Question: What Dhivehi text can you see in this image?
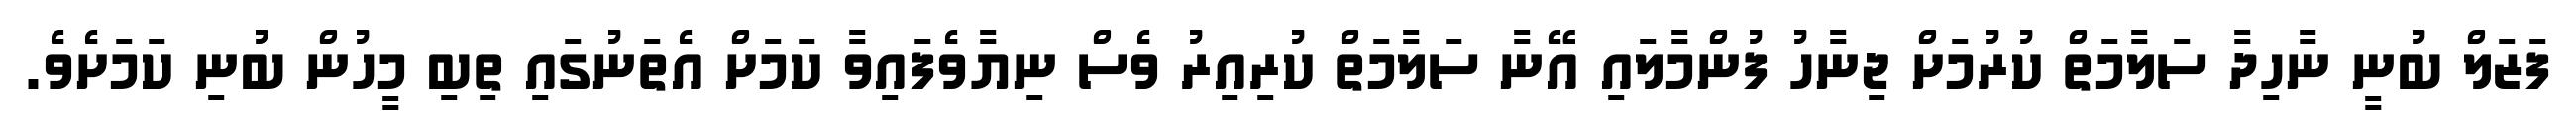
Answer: ފަޒަލް ބުނީ ނާހިދާ ސަލާމަތް ކުރުމަށް ޖިނާހު ފުންމާލައި އޭނާ ސަލާމަތް ކުރިއިރު ވެސް ނިޔާވެފައިވާ ކަމަށް އެތަނުގައި ތިބި މީހުން ބުނި ކަމަށެވެ.